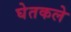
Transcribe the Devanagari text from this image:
घेतकले